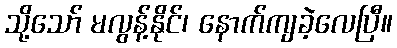
သို့သော် မလွန့်နိုင်၊ နောက်ကျခဲ့လေပြီ။